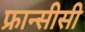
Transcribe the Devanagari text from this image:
फ्रान्सीसी